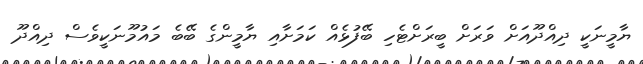
ޔާމީނަކީ ދިއްދޫއަށް ވަރަށް ބީރަށްޓެހި ބޭފުޅެއް ކަމަށާއި ޔާމީންގެ ބޭބެ މައުމޫނަކީވެސް ދިއްދޫ